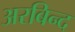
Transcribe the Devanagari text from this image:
अरबिन्द